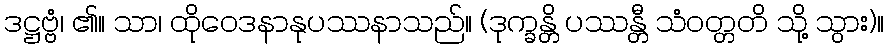
ဒဋ္ဌဗ္ဗံ၊ ၏။ သာ၊ ထိုဝေဒနာနုပဿနာသည်။ (ဒုက္ခန္တိ ပဿန္တီ သံဝတ္တတိ သို့ သွား)။